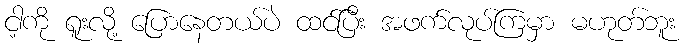
ငါ့ကို ရူးလို့ ပြောနေတယ်ပဲ ထင်ပြီး အဖက်လုပ်ကြမှာ မဟုတ်ဘူး